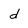
Character: d